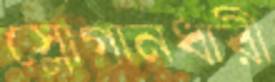
স্লোগানধারী